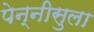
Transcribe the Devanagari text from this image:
पेन्‍नीसुला